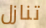
تنازل